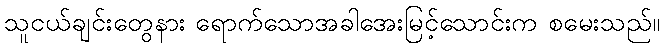
သူငယ်ချင်းတွေနား ရောက်သောအခါအေးမြင့်သောင်းက စမေးသည်။